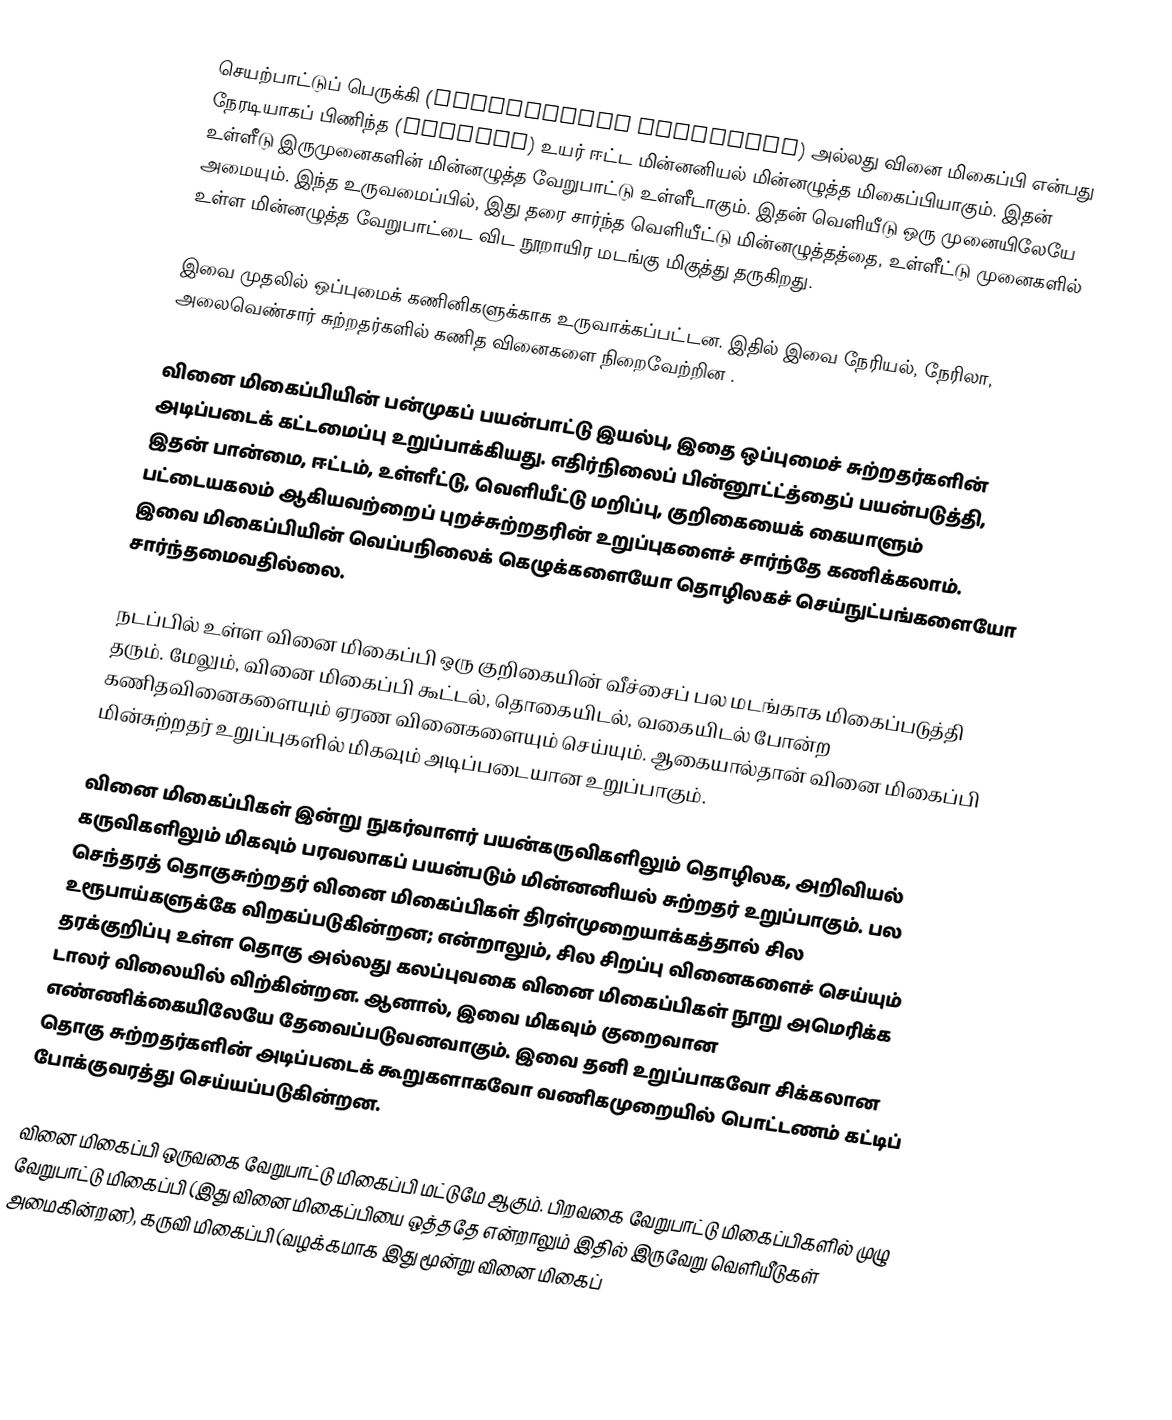
செயற்பாட்டுப் பெருக்கி (operational amplifier) அல்லது வினை மிகைப்பி என்பது நேரடியாகப் பிணிந்த (coupled) உயர் ஈட்ட மின்னனியல் மின்னழுத்த மிகைப்பியாகும். இதன் உள்ளீடு இருமுனைகளின் மின்னழுத்த வேறுபாட்டு உள்ளீடாகும். இதன் வெளியீடு ஒரு முனையிலேயே அமையும். இந்த உருவமைப்பில், இது தரை சார்ந்த வெளியீட்டு மின்னழுத்தத்தை, உள்ளீட்டு முனைகளில் உள்ள மின்னழுத்த வேறுபாட்டை விட நூறாயிர மடங்கு மிகுத்து தருகிறது.

இவை முதலில் ஒப்புமைக் கணினிகளுக்காக உருவாக்கப்பட்டன. இதில் இவை நேரியல், நேரிலா, அலைவெண்சார் சுற்றதர்களில் கணித வினைகளை நிறைவேற்றின .

வினை மிகைப்பியின் பன்முகப் பயன்பாட்டு இயல்பு, இதை ஒப்புமைச் சுற்றதர்களின் அடிப்படைக் கட்டமைப்பு உறுப்பாக்கியது. எதிர்நிலைப் பின்னூட்ட்த்தைப் பயன்படுத்தி, இதன் பான்மை, ஈட்டம், உள்ளீட்டு, வெளியீட்டு மறிப்பு, குறிகையைக் கையாளும் பட்டையகலம் ஆகியவற்றைப் புறச்சுற்றதரின் உறுப்புகளைச் சார்ந்தே கணிக்கலாம். இவை  மிகைப்பியின் வெப்பநிலைக் கெழுக்களையோ தொழிலகச் செய்நுட்பங்களையோ சார்ந்தமைவதில்லை.

நடப்பில் உள்ள வினை மிகைப்பி ஒரு குறிகையின் வீச்சைப் பல மடங்காக  மிகைப்படுத்தி தரும். மேலும், வினை மிகைப்பி கூட்டல், தொகையிடல், வகையிடல் போன்ற கணிதவினைகளையும் ஏரண வினைகளையும் செய்யும். ஆகையால்தான் வினை மிகைப்பி  மின்சுற்றதர் உறுப்புகளில் மிகவும் அடிப்படையான உறுப்பாகும்.

வினை மிகைப்பிகள் இன்று நுகர்வாளர் பயன்கருவிகளிலும் தொழிலக, அறிவியல் கருவிகளிலும் மிகவும் பரவலாகப் பயன்படும் மின்னனியல் சுற்றதர் உறுப்பாகும். பல செந்தரத் தொகுசுற்றதர் வினை மிகைப்பிகள் திரள்முறையாக்கத்தால் சில உரூபாய்களுக்கே விறகப்படுகின்றன; என்றாலும், சில சிறப்பு வினைகளைச் செய்யும் தரக்குறிப்பு உள்ள தொகு அல்லது கலப்புவகை வினை மிகைப்பிகள் நூறு அமெரிக்க டாலர் விலையில் விற்கின்றன. ஆனால், இவை மிகவும் குறைவான எண்ணிக்கையிலேயே தேவைப்படுவனவாகும்.  இவை தனி உறுப்பாகவோ சிக்கலான தொகு சுற்றதர்களின் அடிப்படைக் கூறுகளாகவோ வணிகமுறையில் பொட்டணம் கட்டிப் போக்குவரத்து செய்யப்படுகின்றன.

வினை மிகைப்பி ஒருவகை வேறுபாட்டு மிகைப்பி மட்டுமே ஆகும். பிறவகை வேறுபாட்டு மிகைப்பிகளில் முழு வேறுபாட்டு மிகைப்பி (இது வினை மிகைப்பியை ஒத்ததே என்றாலும் இதில் இருவேறு வெளியீடுகள் அமைகின்றன), கருவி மிகைப்பி (வழக்கமாக இது மூன்று வினை மிகைப்